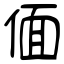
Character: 偭